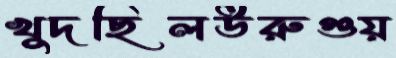
খুদছিলউরুগুয়